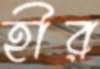
হীর